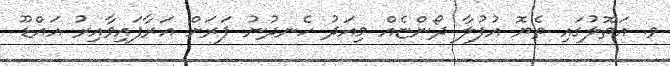
ވ. އަތޮލުގައި ތެޔޮ އުފުލާ ދޯންޏެއް މިއަދު ހެނދުނު ފަރަށް އަރާފައިވާއިރު އައްޑޫ